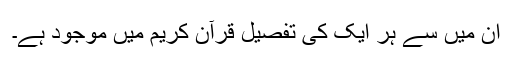
ان میں سے ہر ایک کی تفصیل قرآن کریم میں موجود ہے۔